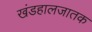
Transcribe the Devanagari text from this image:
खंडहालजातक